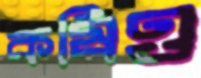
কষিও